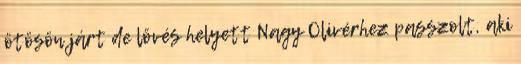
ötösön járt de lövés helyett Nagy Olivérhez passzolt, aki